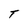
Character: T